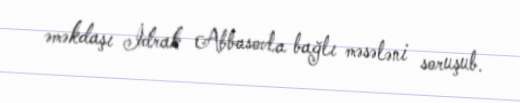
əməkdaşı İdrak Abbasovla bağlı məsələni soruşub.